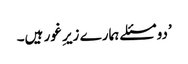
’دو مسئلے ہمارے زیرِ غور ہیں۔